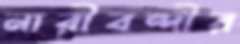
নারীবন্দীর